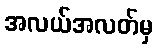
အလယ်အလတ်မှ